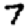
Digit: 7